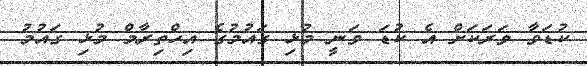
ކުޑަވާ ވަރަކަށް އެ ކުޑަ ވަނީ މުޅި ގައުމުގެ އިހްތިރާމް މުޅި ގައުމު